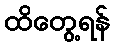
ထိတွေ့ရန်